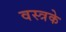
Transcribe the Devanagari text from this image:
वस्त्रके